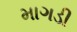
માગડી